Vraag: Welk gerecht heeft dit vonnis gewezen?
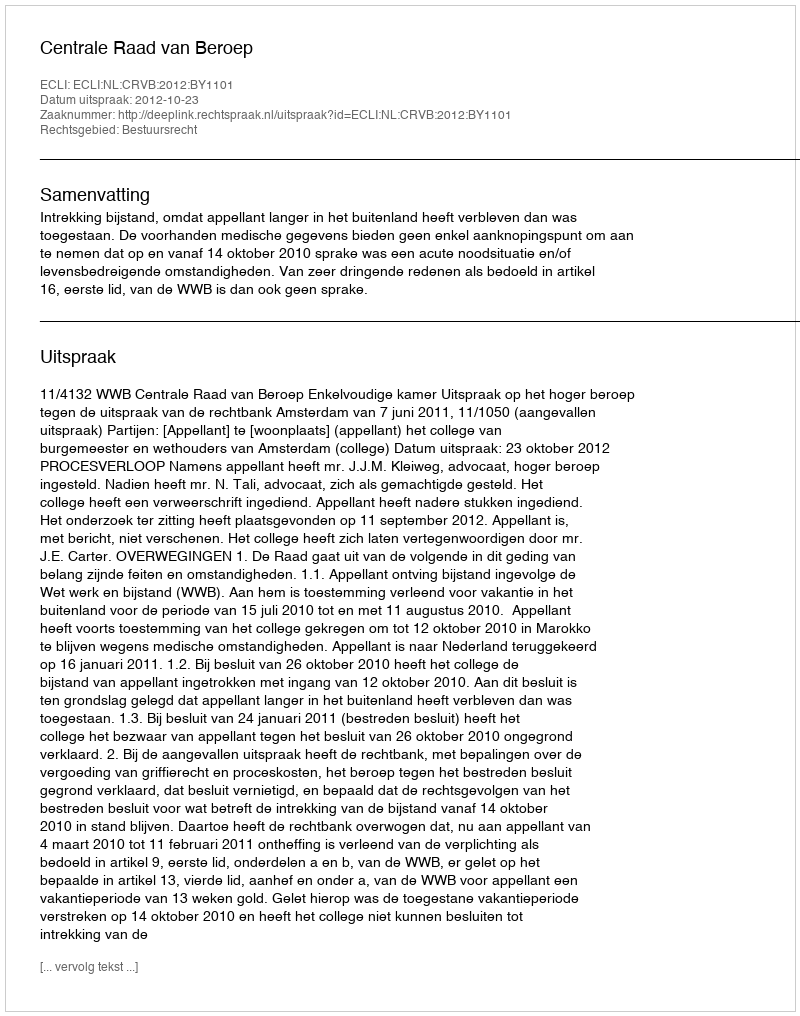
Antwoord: Centrale Raad van Beroep